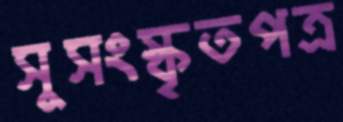
সুসংস্কৃতপত্র